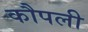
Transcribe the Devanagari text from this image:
कौपली